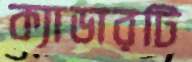
ক্যাডারটি